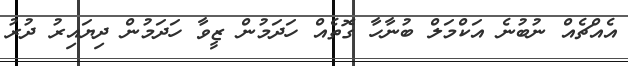
އެއްޗެއް ނުބުނެ އަކްމަލް ބުނާހާ ގޮތެއް ހަދަމުން ޒީވާ ހަދަމުން ދިޔައިރު ދުރު